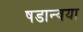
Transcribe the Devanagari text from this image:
षडान्वया